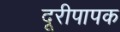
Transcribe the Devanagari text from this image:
दूरीपापक